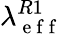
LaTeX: \lambda_{\mathrm{~e~f~f~}}^{R1}